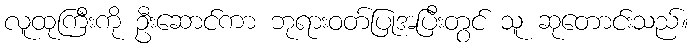
လူထုကြီးကို ဦးဆောင်ကာ ဘုရားဝတ်ပြုအပြီးတွင် သူ ဆုတောင်းသည်။